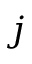
j